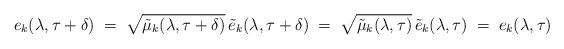
LaTeX: \begin{align*}e_k(\lambda, \tau + \delta) \; =\; \sqrt{ \tilde{\mu}_k(\lambda, \tau + \delta)}\, \tilde{e}_k(\lambda, \tau + \delta) \; =\; \sqrt{ \tilde{\mu}_k(\lambda, \tau)}\, \tilde{e}_k(\lambda, \tau) \; =\; e_k(\lambda, \tau)\end{align*}